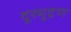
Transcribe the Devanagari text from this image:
दूरमुद्रण